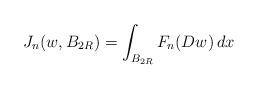
LaTeX: \begin{align*} J_n(w, B_{2R})=\int_{B_{2R}} F_n(Dw)\, dx \end{align*}